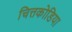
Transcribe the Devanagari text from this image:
चित्तकोडिया